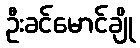
ဦးခင်မောင်ချို